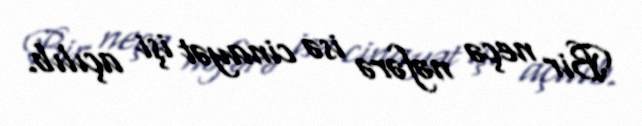
Bir neçə nəfərə isə cinayət işi açılıb.